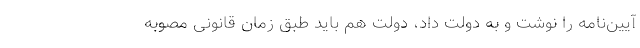
آیین‌نامه را نوشت و به دولت داد، دولت هم باید طبق زمان قانونی مصوبه